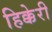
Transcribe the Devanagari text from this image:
हिक्केरी